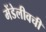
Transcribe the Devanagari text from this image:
मेंडेलीवची